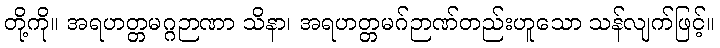
တို့ကို။ အရဟတ္တမဂ္ဂဉာဏာ သိနာ၊ အရဟတ္တမဂ်ဉာဏ်တည်းဟူသော သန်လျက်ဖြင့်။